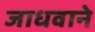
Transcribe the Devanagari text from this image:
जाधवाने